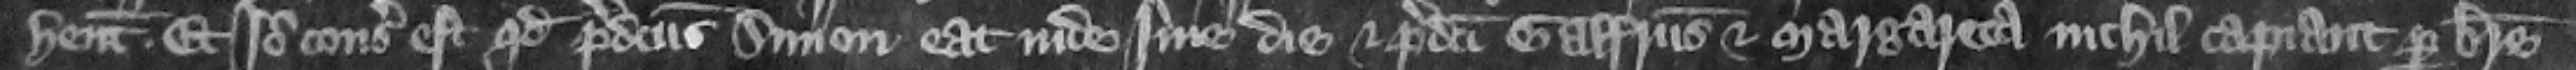
habent. Et ideo consideratum est quod predictus Simon eat inde sine die. Et predicti Galfridus et Margareta nichil capiant per breue